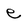
Character: e